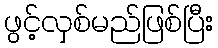
ဖွင့်လှစ်မည်ဖြစ်ပြီး